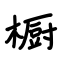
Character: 橱